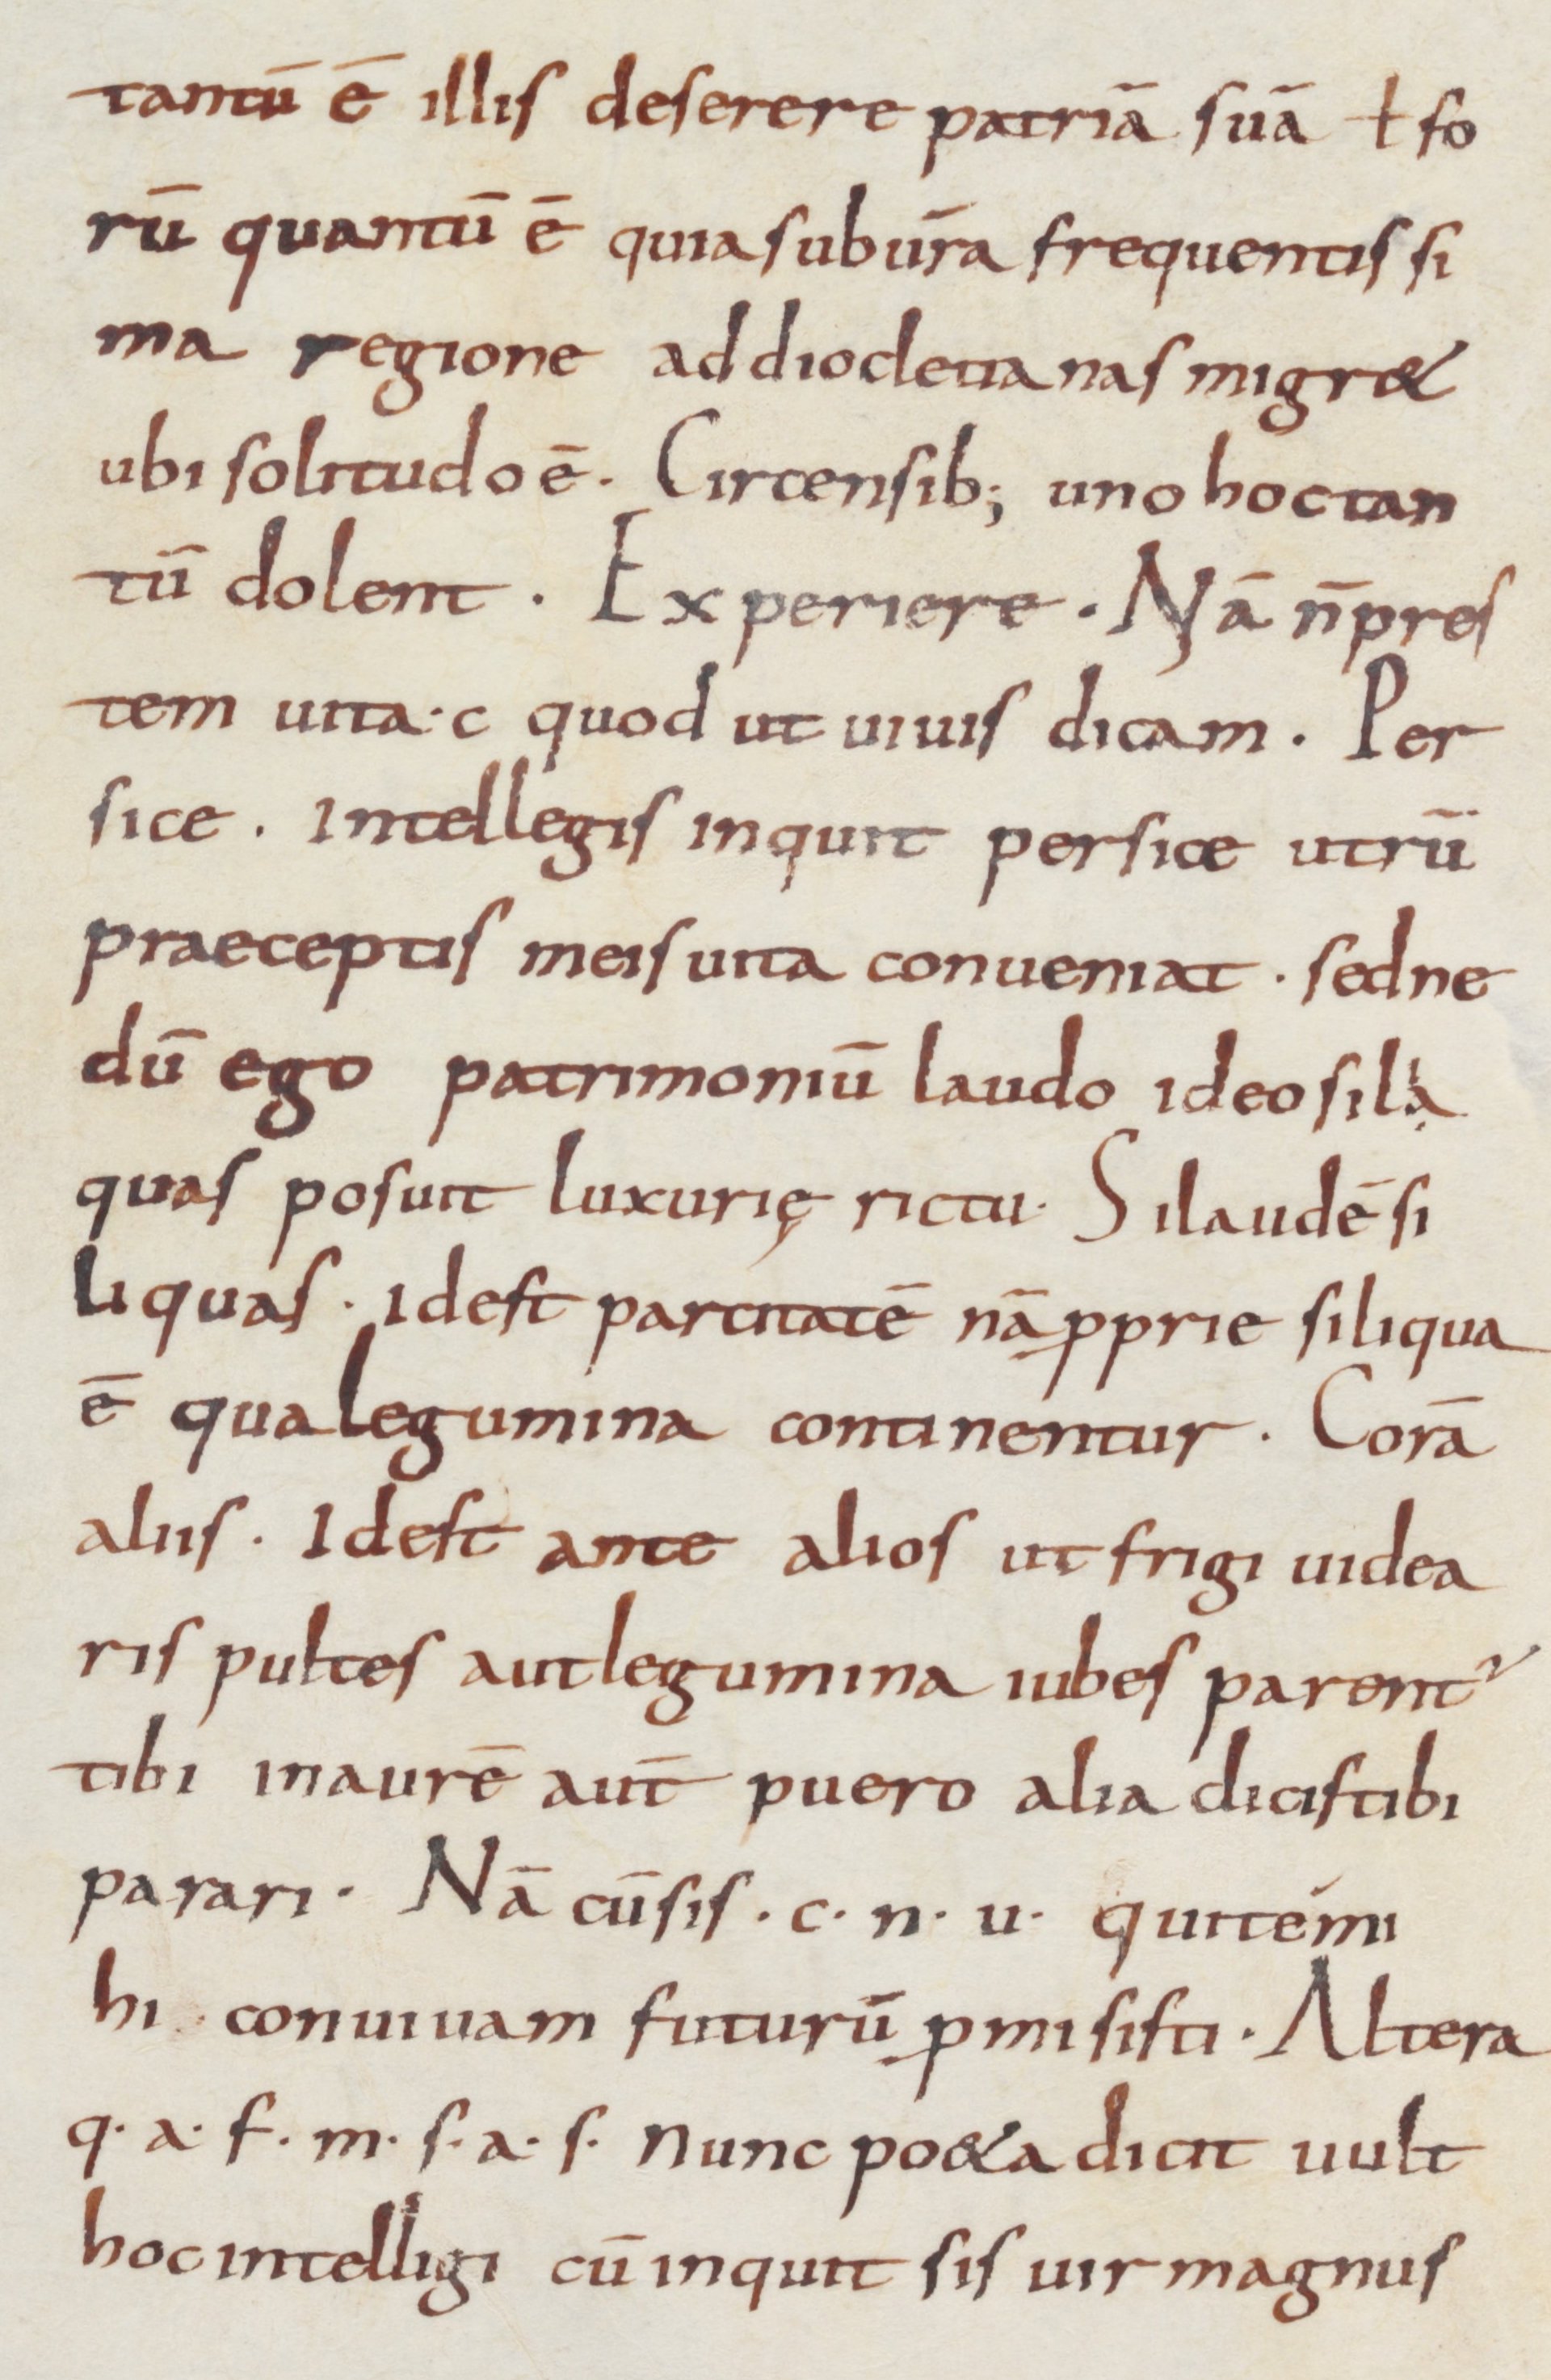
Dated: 800–899